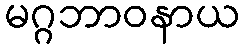
မဂ္ဂဘာဝနာယ